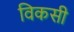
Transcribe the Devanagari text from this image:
विकसी